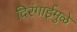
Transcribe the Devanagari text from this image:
दिरंगाईमुळे